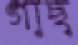
গাছ